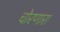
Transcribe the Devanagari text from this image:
चोरणारा